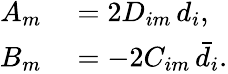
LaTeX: \begin{array}{rl}{A_{m}}&{{}=2D_{im}\, d_{i},}\\ {B_{m}}&{{}=-2C_{im}\, \bar{d}_{i}.}\end{array}